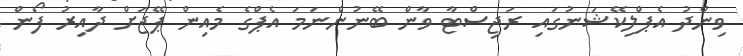
ވިންދު އެޕްލިކޭޝަނުގައި ރަޖިސްޓާ ވާން ބޭނުންނަމަ އެޕްގެ މެއިން ޕޭޖަށް ދާއިރު ފޯން